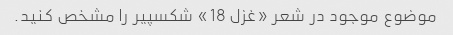
موضوع موجود در شعر «غزل 18» شکسپیر را مشخص کنید.